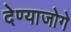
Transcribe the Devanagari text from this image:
देण्याजोगे